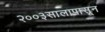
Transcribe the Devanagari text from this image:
२००३सालापासून